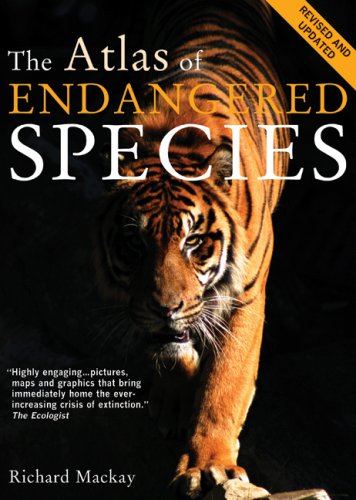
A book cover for The Atlas of Endangered Species (Atlas Of... (University of California Press)); Richard Mackay; Science & Math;